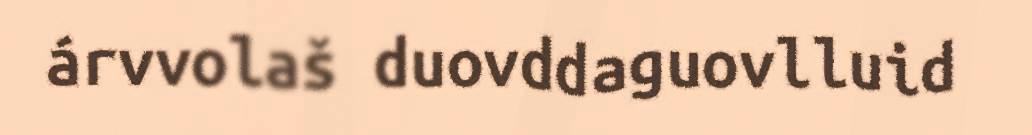
árvvolaš duovddaguovlluid